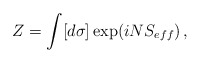
\begin{align*}Z=\int [d\sigma] \exp(i N S_{eff})\, ,\end{align*}